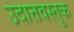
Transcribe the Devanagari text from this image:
उदात्तवस्तुक